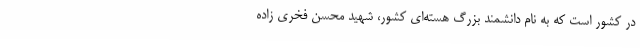
در کشور است که به نام دانشمند بزرگ هسته‌ای کشور، شهید محسن فخری زاده